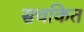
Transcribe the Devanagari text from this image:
सचकित